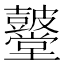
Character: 𮮫